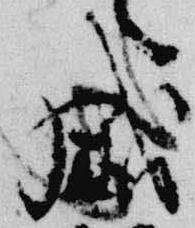
威